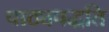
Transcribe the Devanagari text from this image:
पाठ्यपद्धति